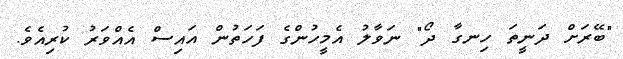
"ބޭރަށް ދަނީތަ ހިނގާ ދޯ" ނަވާލު އެމީހުންގެ ފަހަތުން އައިސް އެއްވަރު ކުރިއެވެ.